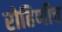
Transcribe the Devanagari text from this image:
रोहिणीच